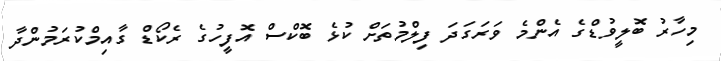
މިހާރު ބޮލީވުޑްގެ އެންމެ ވަރަގަދަ ފިލްމުތަށް ކުޅެ ބޮކްސް އޮފީހުގެ ރެކޯޑް ގާއިމްކުރަމުންދާ